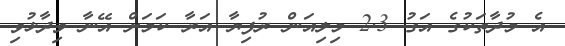
އެ މުދާތަކުގެ އަގު 2.3 މިލިއަން ރުފިޔާ އަރާ ކަމަށް އޭނާ ވިދާޅުވި